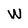
Character: W